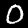
Label: 0